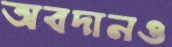
অবদানও